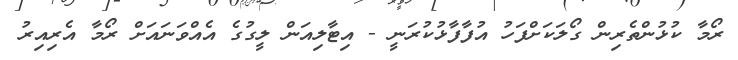
ރޯމާ ކުޅުންތެރިން ގޯލަކަށްފަހު އުފާފާޅުކުރަނީ - އިޓާލިއަން ލީގުގެ އެއްވަނައަށް ރޯމާ އެރިއިރު